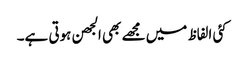
کئی الفاظ میں مجھے بھی الجھن ہوتی ہے۔